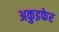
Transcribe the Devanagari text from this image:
अकुइफेर